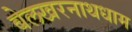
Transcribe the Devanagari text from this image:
बेलखरनाथधाम